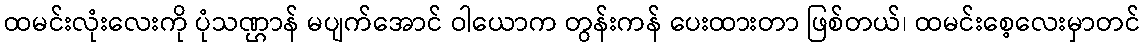
ထမင်းလုံးလေးကို ပုံသဏ္ဌာန် မပျက်အောင် ဝါယောက တွန်းကန် ပေးထားတာ ဖြစ်တယ်၊ ထမင်းစေ့လေးမှာတင်